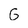
Character: G